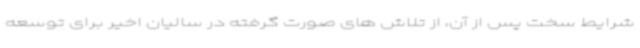
شرایط سخت پس از آن، از تلاش های صورت گرفته در سالیان اخیر برای توسعه